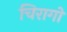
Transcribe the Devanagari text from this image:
चिरागों